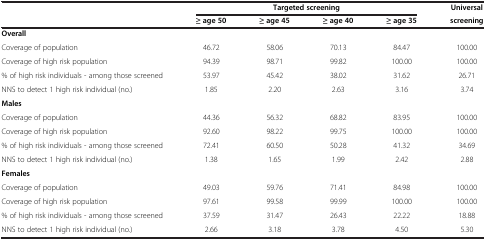
|  | <COLSPAN=4> Targeted screening | Universal |
 |  | ≥ age 50 | ≥ age 45 | ≥ age 40 | ≥ age 35 | screening |
 | --- | --- | --- | --- | --- | --- |
 | Overall |  |  |  |  |  |
 | Coverage of population | 46.72 | 58.06 | 70.13 | 84.47 | 100.00 |
 | Coverage of high risk population | 94.39 | 98.71 | 99.82 | 100.00 | 100.00 |
 | % of high risk individuals - among those screened | 53.97 | 45.42 | 38.02 | 31.62 | 26.71 |
 | NNS to detect 1 high risk individual (no.) | 1.85 | 2.20 | 2.63 | 3.16 | 3.74 |
 | Males |  |  |  |  |  |
 | Coverage of population | 44.36 | 56.32 | 68.82 | 83.95 | 100.00 |
 | Coverage of high risk population | 92.60 | 98.22 | 99.75 | 100.00 | 100.00 |
 | % of high risk individuals - among those screened | 72.41 | 60.50 | 50.28 | 41.32 | 34.69 |
 | NNS to detect 1 high risk individual (no.) | 1.38 | 1.65 | 1.99 | 2.42 | 2.88 |
 | Females |  |  |  |  |  |
 | Coverage of population | 49.03 | 59.76 | 71.41 | 84.98 | 100.00 |
 | Coverage of high risk population | 97.61 | 99.58 | 99.99 | 100.00 | 100.00 |
 | % of high risk individuals - among those screened | 37.59 | 31.47 | 26.43 | 22.22 | 18.88 |
 | NNS to detect 1 high risk individual (no.) | 2.66 | 3.18 | 3.78 | 4.50 | 5.30 |